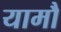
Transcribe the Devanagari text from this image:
यामौ